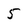
Character: 5